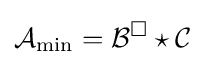
{\mathcal {A}}_{\min }={\mathcal {B}}^{\square }\star {\mathcal {C}}